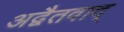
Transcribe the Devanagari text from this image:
अद्वैतवाद्